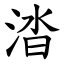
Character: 涾